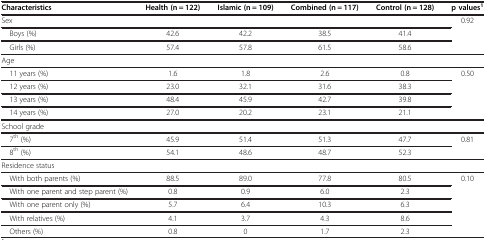
<table><thead><tr><td><b>Characteristics</b></td><td><b>Health (n = 122)</b></td><td><b>Islamic (n = 109)</b></td><td><b>Combined (n = 117)</b></td><td><b>Control (n = 128)</b></td><td><b>p values<sup>1</sup></b></td></tr></thead><tbody><tr><td>Sex</td><td> </td><td> </td><td> </td><td> </td><td rowspan="2">0.92</td></tr><tr><td> Boys (%)</td><td>42.6</td><td>42.2</td><td>38.5</td><td>41.4</td></tr><tr><td> Girls (%)</td><td>57.4</td><td>57.8</td><td>61.5</td><td>58.6</td><td> </td></tr><tr><td>Age</td><td> </td><td> </td><td> </td><td> </td><td> </td></tr><tr><td> 11 years (%)</td><td>1.6</td><td>1.8</td><td>2.6</td><td>0.8</td><td rowspan="3">0.50</td></tr><tr><td> 12 years (%)</td><td>23.0</td><td>32.1</td><td>31.6</td><td>38.3</td></tr><tr><td> 13 years (%)</td><td>48.4</td><td>45.9</td><td>42.7</td><td>39.8</td></tr><tr><td> 14 years (%)</td><td>27.0</td><td>20.2</td><td>23.1</td><td>21.1</td><td> </td></tr><tr><td>School grade</td><td> </td><td> </td><td> </td><td> </td><td> </td></tr><tr><td> 7<sup>th</sup> (%)</td><td>45.9</td><td>51.4</td><td>51.3</td><td>47.7</td><td rowspan="2">0.81</td></tr><tr><td> 8<sup>th</sup> (%)</td><td>54.1</td><td>48.6</td><td>48.7</td><td>52.3</td></tr><tr><td>Residence status</td><td> </td><td> </td><td> </td><td> </td><td> </td></tr><tr><td> With both parents (%)</td><td>88.5</td><td>89.0</td><td>77.8</td><td>80.5</td><td rowspan="5">0.10</td></tr><tr><td> With one parent and step parent (%)</td><td>0.8</td><td>0.9</td><td>6.0</td><td>2.3</td></tr><tr><td> With one parent only (%)</td><td>5.7</td><td>6.4</td><td>10.3</td><td>6.3</td></tr><tr><td> With relatives (%)</td><td>4.1</td><td>3.7</td><td>4.3</td><td>8.6</td></tr><tr><td> Others (%)</td><td>0.8</td><td>0</td><td>1.7</td><td>2.3</td></tr></tbody></table>